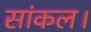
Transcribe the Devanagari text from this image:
सांकल।